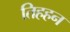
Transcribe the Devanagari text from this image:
तिहहन